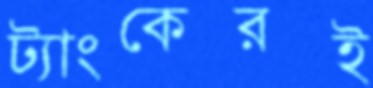
ট্যাংকেরই